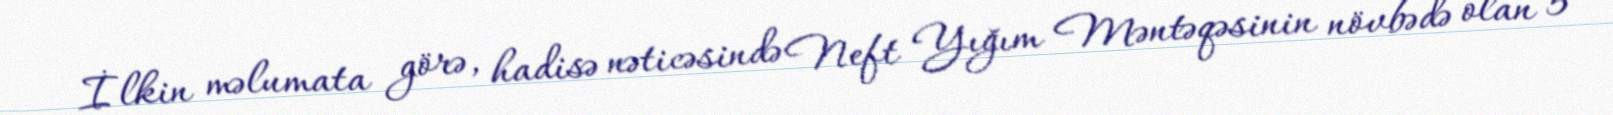
İlkin məlumata görə, hadisə nəticəsində Neft Yığım Məntəqəsinin növbədə olan 5